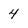
Character: 4